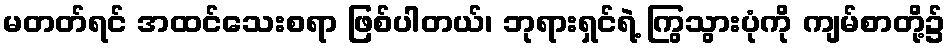
မတတ်ရင် အထင်သေးစရာ ဖြစ်ပါတယ်၊ ဘုရားရှင်ရဲ့ ကြွသွားပုံကို ကျမ်စာတို့၌